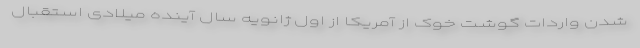
شدن واردات گوشت خوک از آمریکا از اول ژانویه سال آینده میلادی استقبال